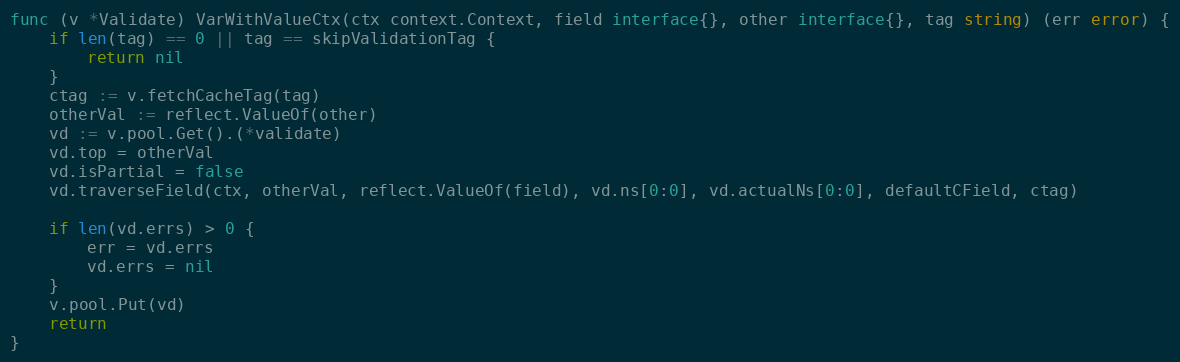
Language: Go
func (v *Validate) VarWithValueCtx(ctx context.Context, field interface{}, other interface{}, tag string) (err error) {
	if len(tag) == 0 || tag == skipValidationTag {
		return nil
	}
	ctag := v.fetchCacheTag(tag)
	otherVal := reflect.ValueOf(other)
	vd := v.pool.Get().(*validate)
	vd.top = otherVal
	vd.isPartial = false
	vd.traverseField(ctx, otherVal, reflect.ValueOf(field), vd.ns[0:0], vd.actualNs[0:0], defaultCField, ctag)

	if len(vd.errs) > 0 {
		err = vd.errs
		vd.errs = nil
	}
	v.pool.Put(vd)
	return
}